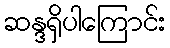
ဆန္ဒရှိပါကြောင်း